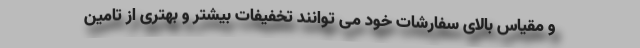
و مقیاس بالای سفارشات خود می توانند تخفیفات بیشتر و بهتری از تامین